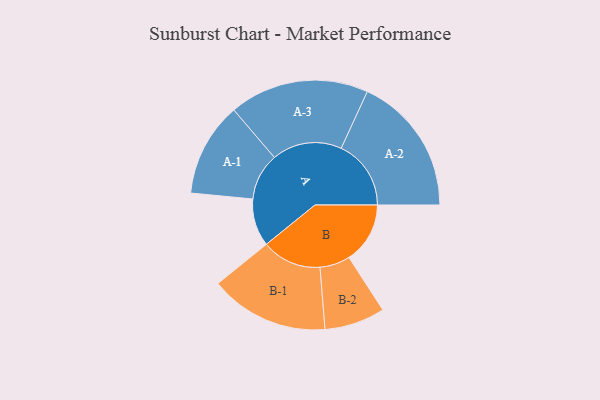
{"axis": {"x": "Segment", "y": "Value"}, "legend": ["", "A", "B"], "data": [{"x": "A", "y": 190, "type": ""}, {"x": "B", "y": 244, "type": ""}, {"x": "A-1", "y": 188, "type": "A"}, {"x": "A-2", "y": 279, "type": "A"}, {"x": "A-3", "y": 279, "type": "A"}, {"x": "B-1", "y": 238, "type": "B"}, {"x": "B-2", "y": 121, "type": "B"}]}